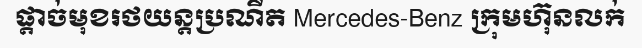
ផ្តាច់មុខរថយន្តប្រណីត Mercedes-Benz ក្រុមហ៊ុនលក់